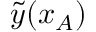
\tilde { y } ( x _ { A } )